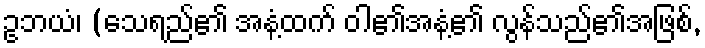
ဥဘယံ၊ (သေရည်၏ အနံ့ထက် ဝါ၏အနံ့၏ လွန်သည်၏အဖြစ်,